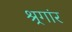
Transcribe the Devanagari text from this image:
श्र्रगांर